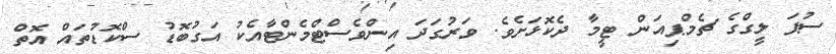
ސުޕަ ލީގްގެ ޗެމްޕިއަން ޓީމާ ދެކޮޅަށެވެ. ވަރުގަދަ އިންވެސްޓްމެންޓާއެކު އަގުބޮޑު ސްކޮޑުތައް އޮތް